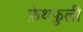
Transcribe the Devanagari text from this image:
फ़ेथफ़ुली